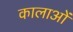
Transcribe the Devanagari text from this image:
कालाओं